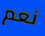
نعم